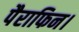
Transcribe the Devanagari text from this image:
पैराफिन।